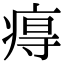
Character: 𤷙